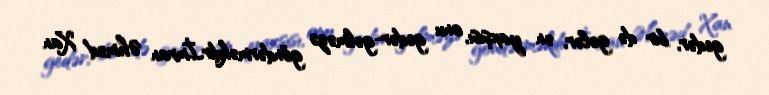
gedər, bir də gələr, ən yaxşısı, onu gedər-gəlməzə göndərməkdir.İmran Əhməd Xan